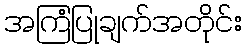
အကြံပြုချက်အတိုင်း